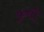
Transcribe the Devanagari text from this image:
कुनी